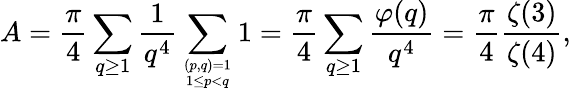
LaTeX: A={\frac{\pi}{4}}\sum_{q\geq 1}{\frac{1}{q^{4}}}\sum_{(p,q)=1\atop 1\leq p<q}1={\frac{\pi}{4}}\sum_{q\geq 1}{\frac{\varphi(q)}{q^{4}}}={\frac{\pi}{4}}{\frac{\zeta(3)}{\zeta(4)}},